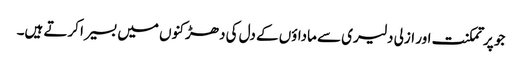
جو پر تمکنت اور ازلی دلیری سے ماداؤں کے دل کی دھڑکنوں میں بسیرا کرتے ہیں۔